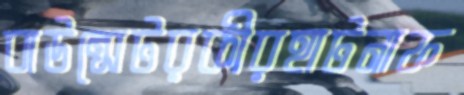
বাউন্সেটরকীরহাটনাফ